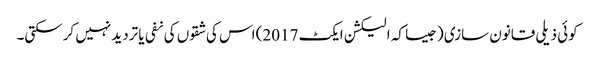
کوئی ذیلی قانون سازی (جیسا کہ الیکشن ایکٹ 2017) اس کی شقوں کی نفی یا تردید نہیں کرسکتی۔